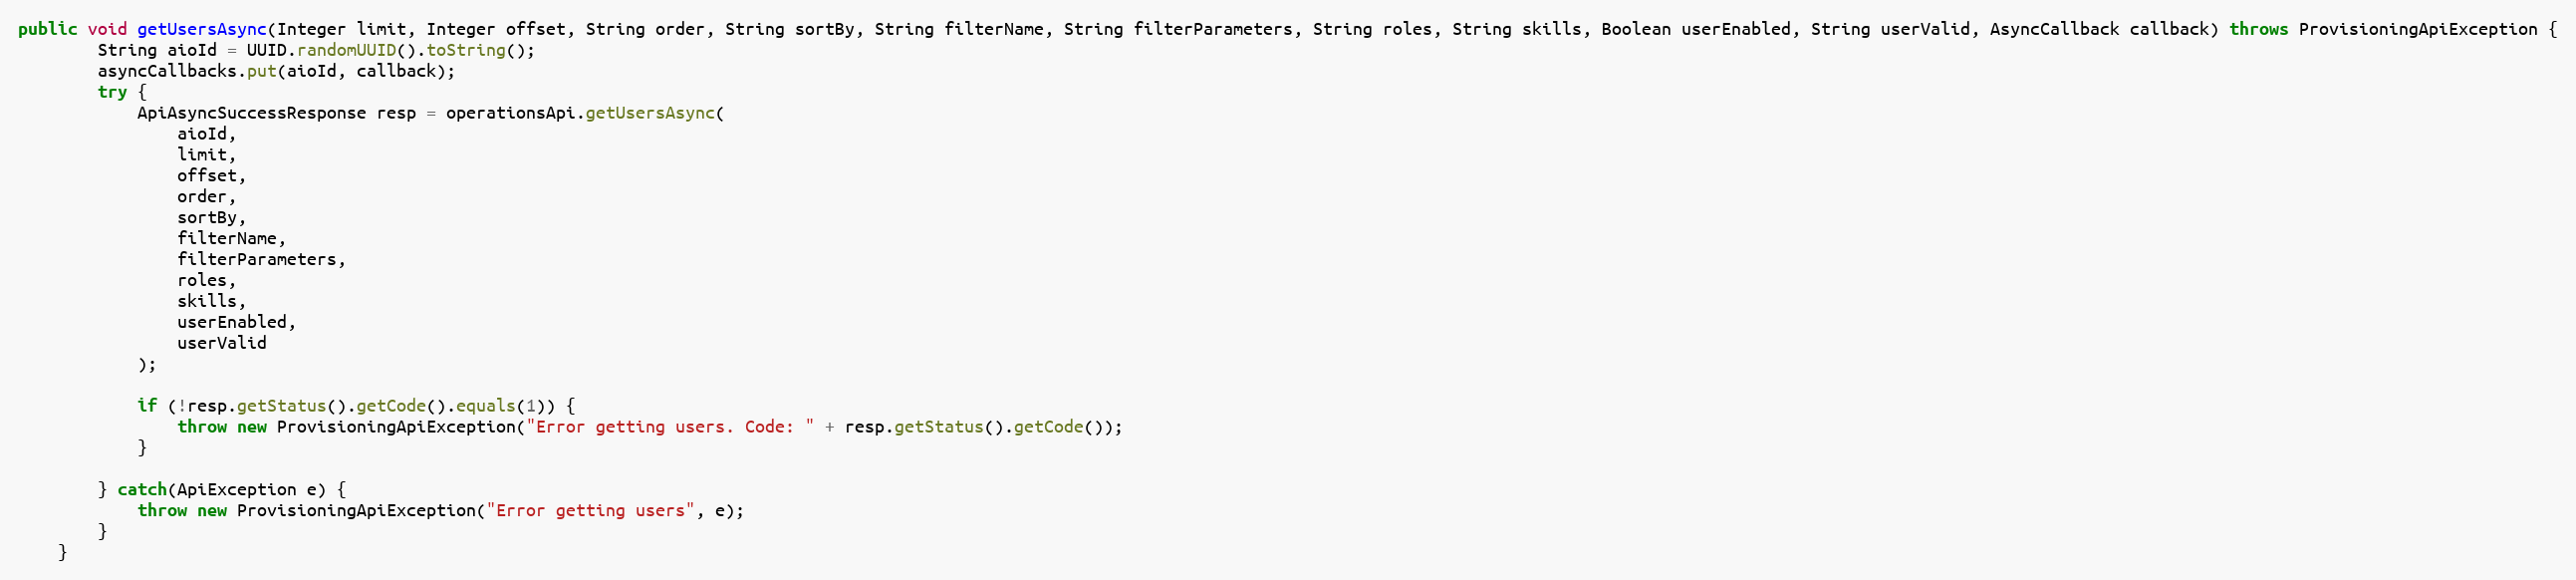
Language: Java
public void getUsersAsync(Integer limit, Integer offset, String order, String sortBy, String filterName, String filterParameters, String roles, String skills, Boolean userEnabled, String userValid, AsyncCallback callback) throws ProvisioningApiException {
		String aioId = UUID.randomUUID().toString();
		asyncCallbacks.put(aioId, callback);
		try {
			ApiAsyncSuccessResponse resp = operationsApi.getUsersAsync(
				aioId,
				limit,
				offset,
				order,
				sortBy,
				filterName,
				filterParameters,
				roles,
				skills,
				userEnabled,
				userValid
			);

			if (!resp.getStatus().getCode().equals(1)) {
				throw new ProvisioningApiException("Error getting users. Code: " + resp.getStatus().getCode());
			}

        } catch(ApiException e) {
        	throw new ProvisioningApiException("Error getting users", e);
        }
	}